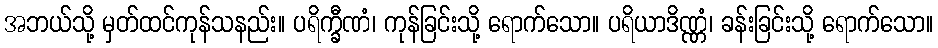
အဘယ်သို့ မှတ်ထင်ကုန်သနည်း။ ပရိက္ခီဏံ၊ ကုန်ခြင်းသို့ ရောက်သော။ ပရိယာဒိဏ္ဏံ၊ ခန်းခြင်းသို့ ရောက်သော။